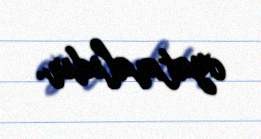
oyatmalıdır.